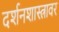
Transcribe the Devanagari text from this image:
दर्शनशास्त्रावर